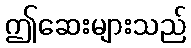
ဤဆေးများသည်